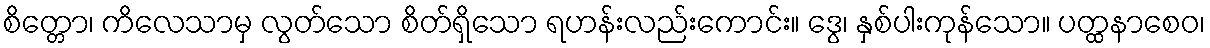
စိတ္တော၊ ကိလေသာမှ လွတ်သော စိတ်ရှိသော ရဟန်းလည်းကောင်း။ ဒွေ၊ နှစ်ပါးကုန်သော။ ပတ္ထနာစေဝ၊